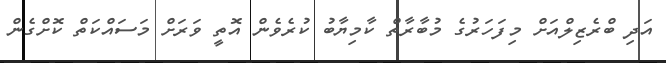
އަދި ބްރެޒިލްއަށް މިފަހަރުގެ މުބާރާތް ކާމިޔާބު ކުރެވެން އޮތީ ވަރަށް މަސައްކަތް ކޮށްގެން